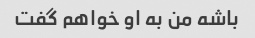
باشه من به او خواهم گفت